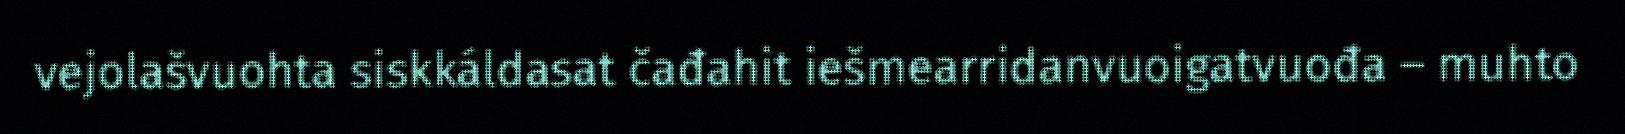
vejolašvuohta siskkáldasat čađahit iešmearridanvuoigatvuođa – muhto